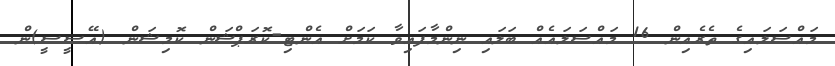
މައްސަލައިގެ ތެރެއިން 16 މައްސަލައެއް ބަލައި ނިންމާފައިވާ ކަމަށް އެންޓި-ކޮރަޕްޝަން ކޮމިޝަން (އޭސީސީ)ން